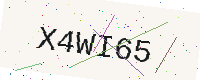
Text: X4WI65